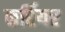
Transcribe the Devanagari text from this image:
कर्रियर